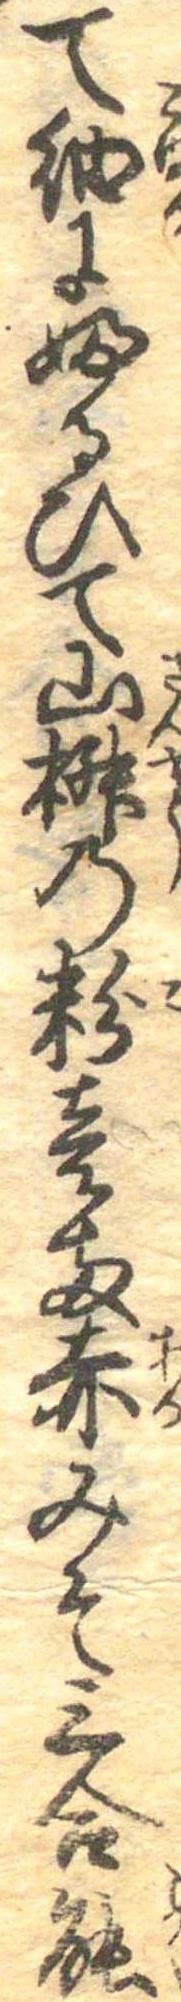
て細にふるひて山椒の粉壱両赤みそ三合能